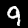
Digit: 9